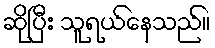
ဆိုပြီး သူရယ်နေသည်။